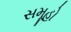
સમૂહો